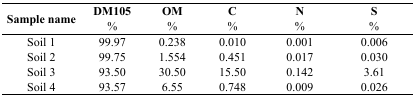
<table><thead><tr><td><b>Sample name</b></td><td><b>DM105 %</b></td><td><b>OM %</b></td><td><b>C %</b></td><td><b>N %</b></td><td><b>S %</b></td></tr></thead><tbody><tr><td>Soil 1</td><td>99.97</td><td>0.238</td><td>0.010</td><td>0.001</td><td>0.006</td></tr><tr><td>Soil 2</td><td>99.75</td><td>1.554</td><td>0.451</td><td>0.017</td><td>0.030</td></tr><tr><td>Soil 3</td><td>93.50</td><td>30.50</td><td>15.50</td><td>0.142</td><td>3.61</td></tr><tr><td>Soil 4</td><td>93.57</td><td>6.55</td><td>0.748</td><td>0.009</td><td>0.026</td></tr></tbody></table>